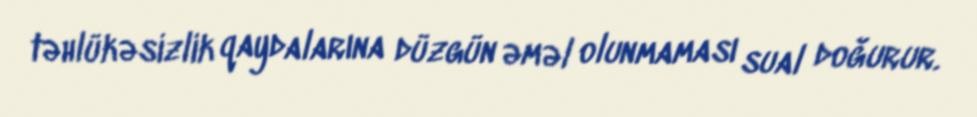
təhlükəsizlik qaydalarına düzgün əməl olunmaması sual doğurur.